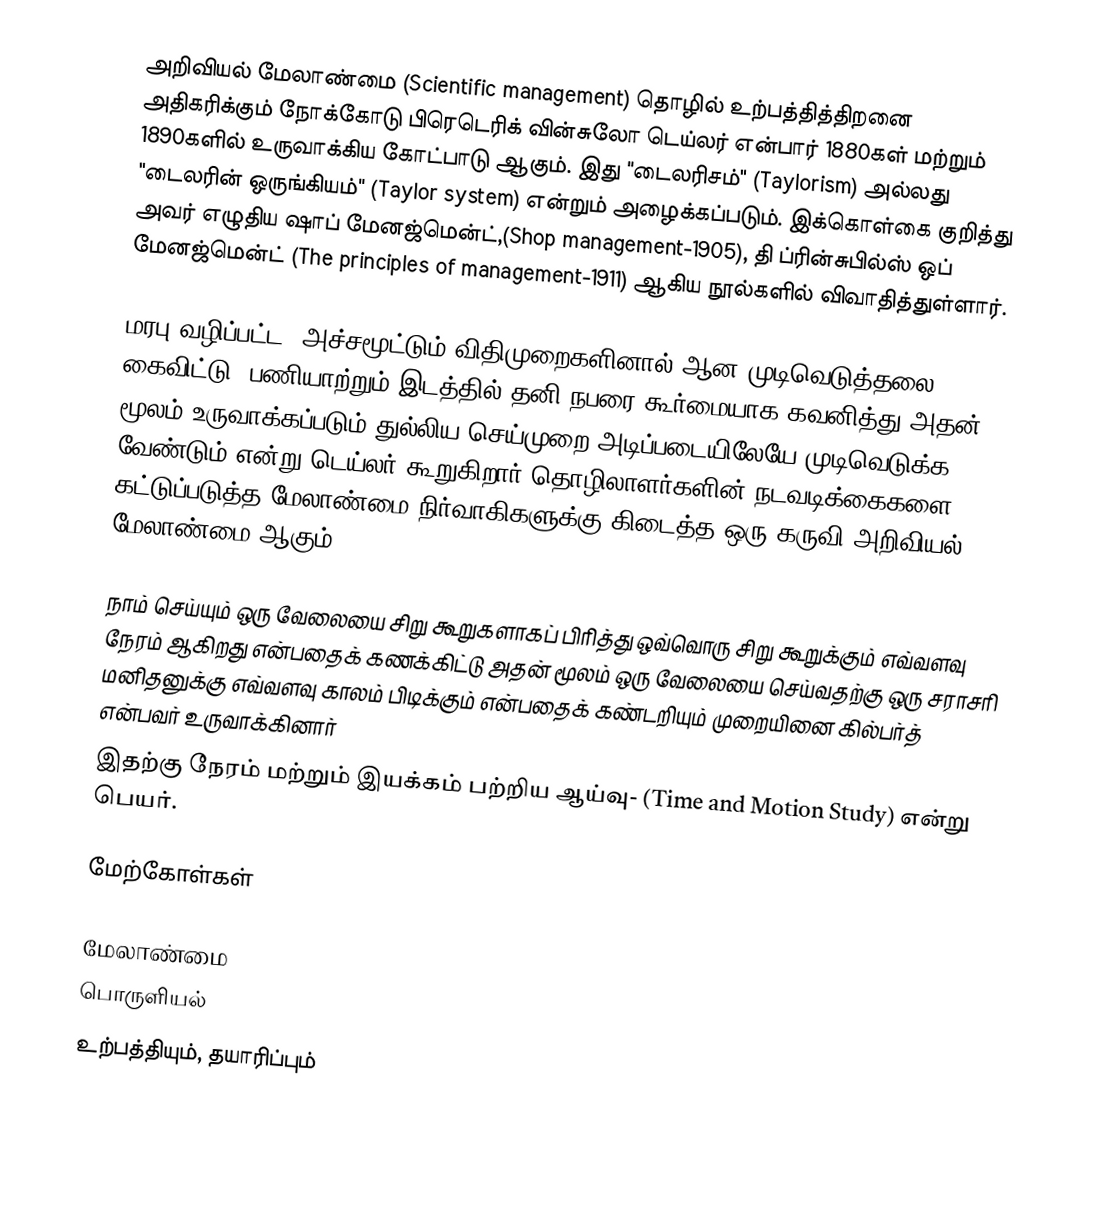
அறிவியல் மேலாண்மை (Scientific management) தொழில் உற்பத்தித்திறனை அதிகரிக்கும் நோக்கோடு பிரெடெரிக் வின்சுலோ டெய்லர் என்பார் 1880கள் மற்றும் 1890களில் உருவாக்கிய கோட்பாடு ஆகும். இது "டைலரிசம்" (Taylorism) அல்லது "டைலரின் ஒருங்கியம்" (Taylor system) என்றும் அழைக்கப்படும். இக்கொள்கை குறித்து அவர் எழுதிய ஷாப் மேனஜ்மென்ட்,(Shop management-1905), தி ப்ரின்சுபில்ஸ் ஒப் மேனஜ்மென்ட் (The principles of management-1911) ஆகிய நூல்களில் விவாதித்துள்ளார்.

மரபு வழிப்பட்ட, அச்சமூட்டும் விதிமுறைகளினால் ஆன முடிவெடுத்தலை கைவிட்டு, பணியாற்றும் இடத்தில் தனி நபரை கூர்மையாக கவனித்து அதன் மூலம் உருவாக்கப்படும் துல்லிய செய்முறை அடிப்படையிலேயே முடிவெடுக்க வேண்டும் என்று டெய்லர் கூறுகிறார்.தொழிலாளர்களின் நடவடிக்கைகளை கட்டுப்படுத்த மேலாண்மை நிர்வாகிகளுக்கு கிடைத்த ஒரு கருவி அறிவியல் மேலாண்மை ஆகும்.

நாம் செய்யும் ஒரு வேலையை சிறு கூறுகளாகப் பிரித்து ஒவ்வொரு சிறு கூறுக்கும் எவ்வளவு நேரம் ஆகிறது என்பதைக் கணக்கிட்டு அதன் மூலம் ஒரு வேலையை செய்வதற்கு ஒரு சராசரி மனிதனுக்கு எவ்வளவு காலம் பிடிக்கும் என்பதைக் கண்டறியும் முறையினை கில்பர்த் என்பவர் உருவாக்கினார்
இதற்கு நேரம் மற்றும் இயக்கம் பற்றிய ஆய்வு- (Time and Motion Study) என்று பெயர்.

மேற்கோள்கள்

மேலாண்மை
பொருளியல்
உற்பத்தியும், தயாரிப்பும்